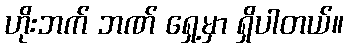
ဟိုးဘက် ဘဏ် ရှေ့မှာ ရှိပါတယ်။